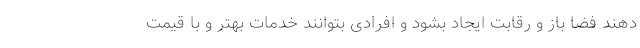
دهند فضا باز و رقابت ایجاد بشود و افرادی بتوانند خدمات بهتر و با قیمت